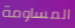
المساومة